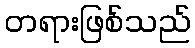
တရားဖြစ်သည်